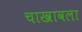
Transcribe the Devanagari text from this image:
चाखावला